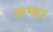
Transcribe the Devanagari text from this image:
क़म्बर